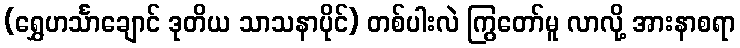
(ရွှေဟင်္သာချောင် ဒုတိယ သာသနာပိုင်) တစ်ပါးလဲ ကြွတော်မူ လာလို့ အားနာစရာ